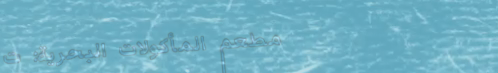
مطعم المأكولات البحرية: ت